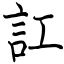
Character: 訌